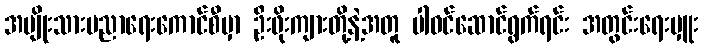
အမျိုးသားပညာရေးကောင်စီမှာ ဦးဖိုးကျားတို့နဲ့အတူ ပါဝင်ဆောင်ရွက်ရင်း အတွင်းရေးမှူး